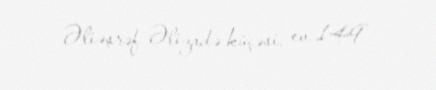
Əliəşrəf Əlizadə küçəsi, ev 149